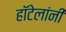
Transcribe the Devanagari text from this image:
हॉटेलांनी